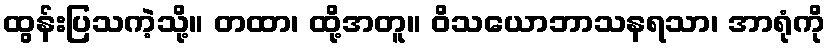
ထွန်းပြသကဲ့သို့။ တထာ၊ ထို့အတူ။ ဝိသယောဘာသနရသာ၊ အာရုံကို